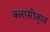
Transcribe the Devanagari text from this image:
क्लासीकृत